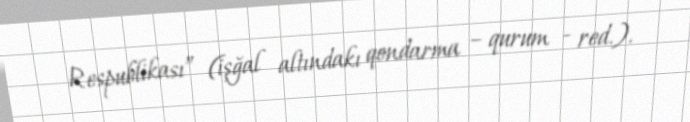
Respublikası” (işğal altındakı qondarma – qurum - red.).